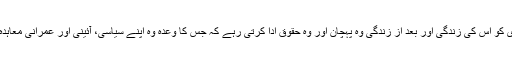
ریاست کی یہ سیاسی ذمہ داری ہوتی ہے کہ وہ اپنے شہری کو اس کی زندگی اور بعد از زندگی وہ پہچان اور وہ حقوق ادا کرتی رہے کہ جس کا وعدہ وہ اپنے سیاسی، آئینی اور عمرانی معاہدہ میں اس فرد کی پیدائش کے وقت اس کے ساتھ کرتی ہے۔